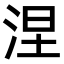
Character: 涅